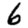
Digit: 6